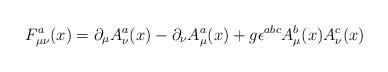
LaTeX: \begin{align*}F^a_{\mu\nu}(x) = \partial_{\mu}A^a_{\nu}(x) - \partial_{\nu}A^a_{\mu}(x) + g\epsilon^{abc}A^b_{\mu}(x) A^c_{\nu}(x)\end{align*}